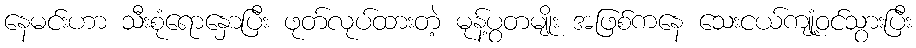
နေမင်းဟာ သီးစုံရောနှောပြီး ဖုတ်လုပ်ထားတဲ့ မုန့်ပွတမျိုး အဖြစ်ကနေ သေးငယ်ကျုံ့ဝင်သွားပြီး